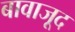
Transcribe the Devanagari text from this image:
बावाजूद